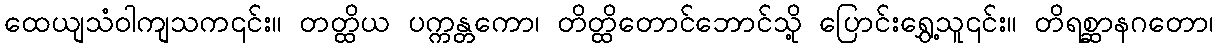
ထေယျသံဝါကျသက၎င်း။ တတ္ထိယ ပက္ကန္တကော၊ တိတ္ထိတောင်ဘောင်သို့ ပြောင်းရွှေ့သူ၎င်း။ တိရစ္ဆာနဂတော၊